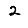
Digit: 2